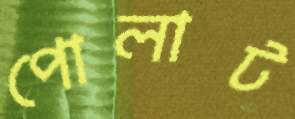
পোলাট